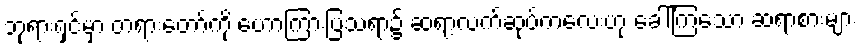
ဘုရားရှင်မှာ တရားတော်ကို ဟောကြားပြသရာ၌ ဆရာ့လက်ဆုပ်ကလေးဟု ခေါ်ကြသော ဆရာစားများ